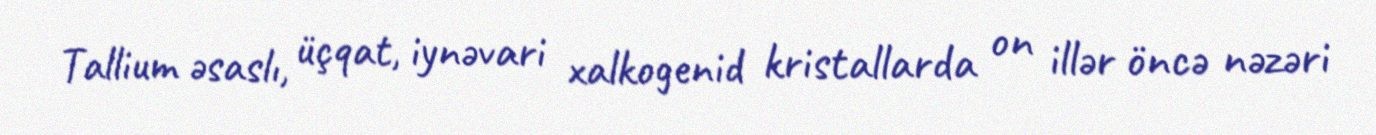
Tallium əsaslı, üçqat, iynəvari xalkogenid kristallarda on illər öncə nəzəri